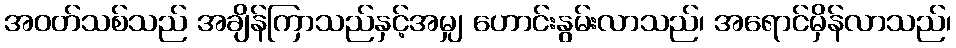
အဝတ်သစ်သည် အချိန်ကြာသည်နှင့်အမျှ ဟောင်းနွမ်းလာသည်၊ အရောင်မှိန်လာသည်၊